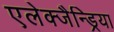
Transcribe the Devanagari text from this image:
एलेक्जैन्ड्रिया